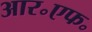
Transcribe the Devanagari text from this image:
आर॰एफ॰